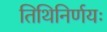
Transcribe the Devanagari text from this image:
तिथिनिर्णयः